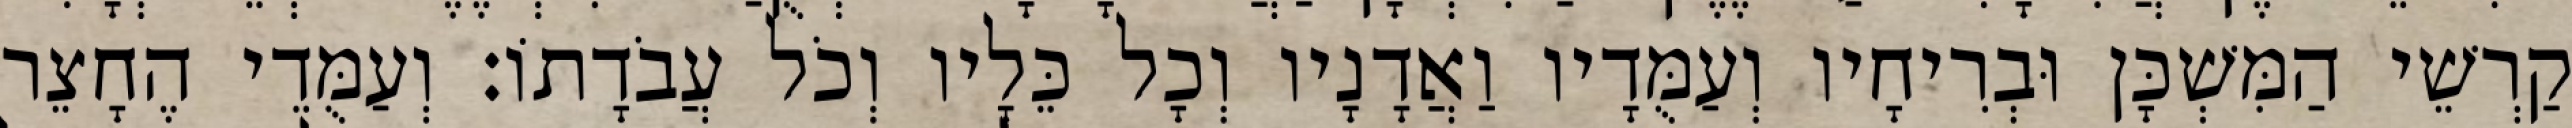
קַרְשֵׁי הַמִּשְׁכָּן וּבְרִיחָיו וְעַמֻּדָיו וַאֲדָנָיו וְכָל כֵּלָיו וְכֹל עֲבֹדָתוֹ׃ וְעַמֻּדֵי הֶחָצֵר